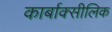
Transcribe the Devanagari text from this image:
कार्बाक्सीलिक